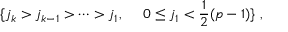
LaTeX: \{ j _ { k } > j _ { k - 1 } > \cdots > j _ { 1 } , ~ ~ ~ ~ 0 \leq j _ { 1 } < \frac { 1 } { 2 } ( p - 1 ) \} ~ ,